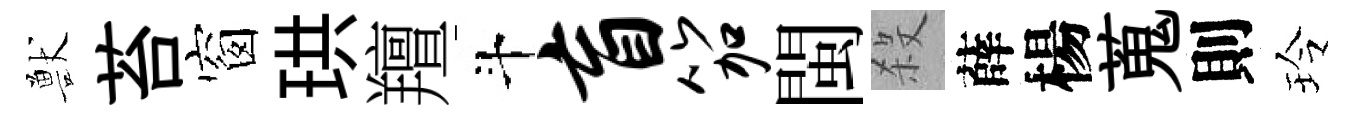
獸苔窗珙羶斗盲笳閩殺薛楊蒐則玲